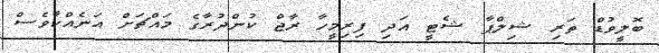
ބޮލީވުޑް ތަރި ޝިލްޕާ ޝެޓީ އަދި ފިރިމީހާ ރާޖް ކުންދުރާގެ މައްޗަށް އަނެއްކާވެސް